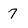
Character: 7